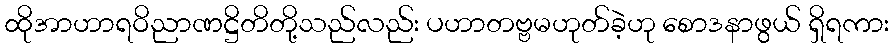
ထိုအာဟာရဝိညာဏဋ္ဌိတိတို့သည်လည်း ပဟာတဗ္ဗမဟုတ်ခဲ့ဟု စောဒနာဖွယ် ရှိရကား